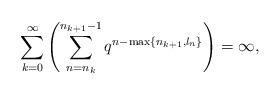
LaTeX: \begin{align*}\sum_{k=0}^{\infty}\left(\sum_{n=n_k}^{n_{k+1}-1}q^{n-\max\{n_{k+1},l_n\}}\right)=\infty,\end{align*}